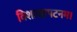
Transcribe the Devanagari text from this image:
विशाखापटनम।